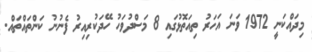
މިދައްކަނީ 1972 ވަނަ އަހަރު ތިއަތޮޅުގައި 8 މަސްދުވަހު ހޭދަކުރިއިރު ފެނުނު ކަންތައްތައް.